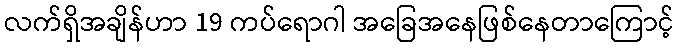
လက်ရှိအချိန်ဟာ 19 ကပ်ရောဂါ အခြေအနေဖြစ်နေတာကြောင့်